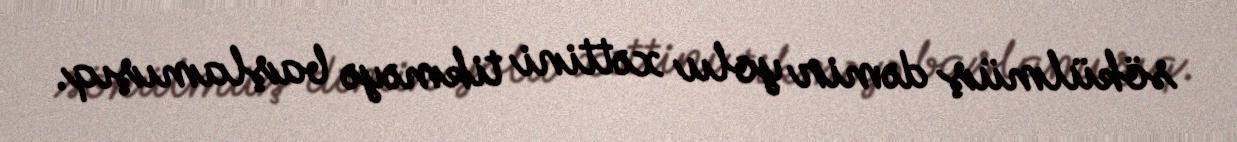
sökülmüş dəmir yolu xəttini tikməyə başlamışıq.